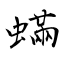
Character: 蟎